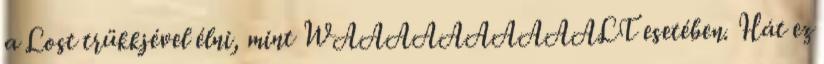
a Lost trükkjével élni, mint WAAAAAAAAAALT esetében. Hát ez